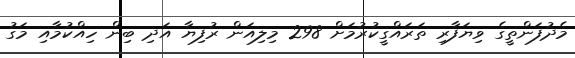
މެދުފަންތީގެ ވިޔަފާރި ތަރައްގީކުރުމަށް 298 މިލިއަން ރުފިޔާ އަދި ބިން ހިއްކުމާއި މަގު